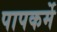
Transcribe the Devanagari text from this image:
पापकर्मे